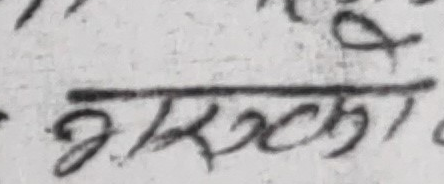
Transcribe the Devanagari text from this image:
भएका